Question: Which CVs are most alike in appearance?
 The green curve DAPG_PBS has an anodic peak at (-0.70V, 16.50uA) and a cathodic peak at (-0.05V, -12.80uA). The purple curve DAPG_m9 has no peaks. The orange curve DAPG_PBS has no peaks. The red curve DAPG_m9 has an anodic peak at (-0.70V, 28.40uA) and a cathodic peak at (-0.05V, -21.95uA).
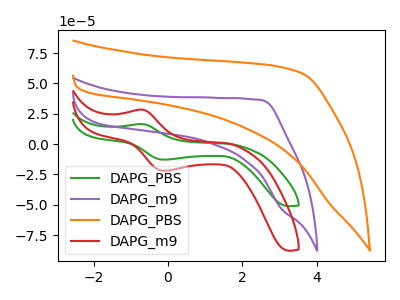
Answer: <think>"DAPG_PBS" and "DAPG_m9" have a different number of peaks. "DAPG_PBS" and "DAPG_PBS" have a different number of peaks. All the peaks in "DAPG_PBS" have a peak in "DAPG_m9" at the same potential. Every peak in "DAPG_PBS" is lower than every peak in "DAPG_m9". Neither "DAPG_m9" or "DAPG_PBS" have any peaks. "DAPG_m9" and "DAPG_m9" have a different number of peaks. "DAPG_PBS" and "DAPG_m9" have a different number of peaks.
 </think>
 <answer>"DAPG_m9" and "DAPG_PBS" have the same shape and are likely CV's of the same chemical.</answer>
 <eval>"DAPG_m9" "DAPG_PBS"</eval>